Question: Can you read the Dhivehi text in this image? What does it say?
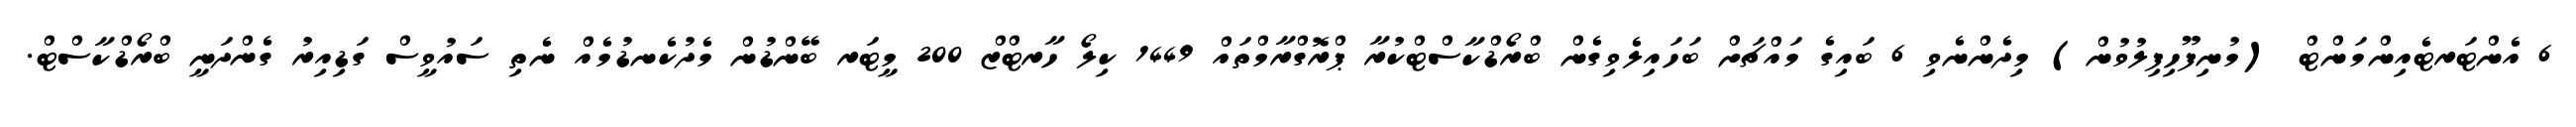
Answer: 6 އެންޓަރޓެއިންމަންޓް (މުނިފޫހިފިލުވުން) މިދެންނެވި 6 ބައިގެ މައްޗަށް ބަހައިލެވިގެން ބްރޯޑްކާސްޓްކުރާ ޕްރޮގްރާމްތައް 1449 ކިލޯ ހާރޓްޒް 200 މީޓަރ ބޭންޑުން މެދުކެނޑުމެއް ނެތި ސައުވީސް ގަޑިއިރު ގެންދަނީ ބްރޯޑްކާސްޓް.